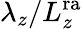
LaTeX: \lambda_{z}/L_{z}^{\mathrm{ra}}